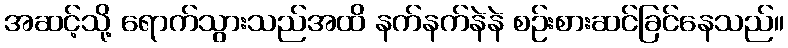
အဆင့်သို့ ရောက်သွားသည်အထိ နက်နက်နဲနဲ စဉ်းစားဆင်ခြင်နေသည်။